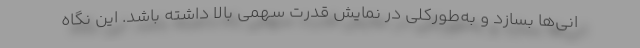
انی‌ها بسازد و به‌طورکلی در نمایش قدرت سهمی بالا داشته باشد. این نگاه